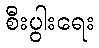
စီးပွါးရေး